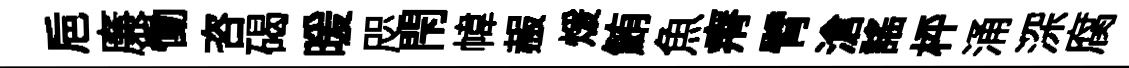
巵廉慟咨碣暖咫閇幃赧煖鮪魚瘠臂滄謡枰涌深腐